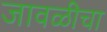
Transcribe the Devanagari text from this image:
जावळीचा